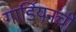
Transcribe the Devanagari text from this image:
गार्डियनची